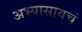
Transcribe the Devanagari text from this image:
अभ्यासायचं